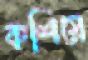
কশিয়ে